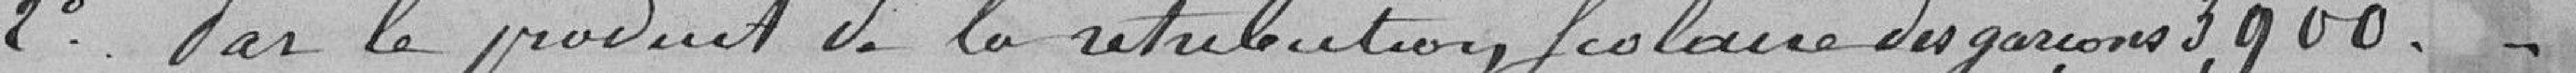
2° Par le produit de la rétribution scolaire des garçons 3.900 francs